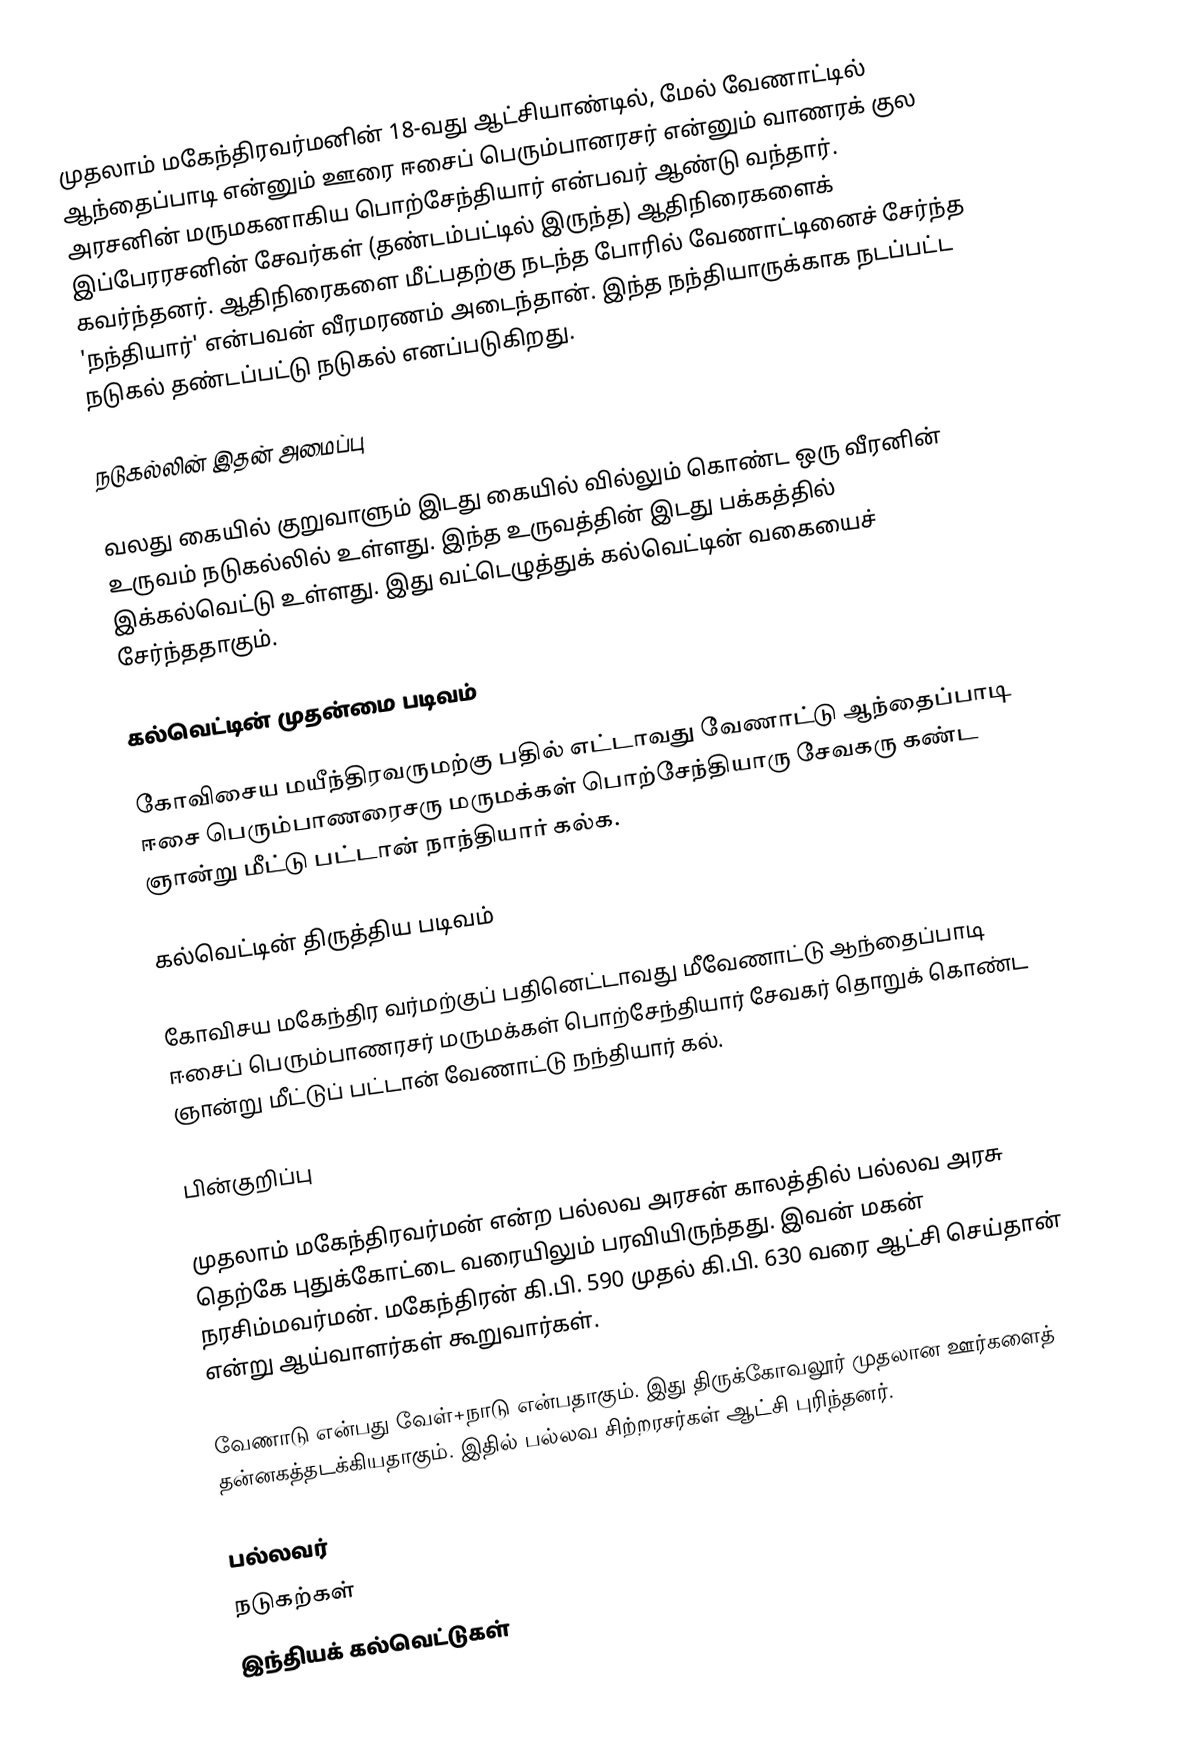
முதலாம் மகேந்திரவர்மனின் 18-வது ஆட்சியாண்டில், மேல் வேணாட்டில் ஆந்தைப்பாடி என்னும் ஊரை ஈசைப் பெரும்பானரசர் என்னும் வாணரக் குல அரசனின் மருமகனாகிய பொற்சேந்தியார் என்பவர் ஆண்டு வந்தார். இப்பேரரசனின் சேவர்கள் (தண்டம்பட்டில் இருந்த) ஆதிநிரைகளைக் கவர்ந்தனர். ஆதிநிரைகளை மீட்பதற்கு நடந்த போரில் வேணாட்டினைச் சேர்ந்த 'நந்தியார்' என்பவன் வீரமரணம் அடைந்தான். இந்த நந்தியாருக்காக நடப்பட்ட நடுகல் தண்டப்பட்டு நடுகல் எனப்படுகிறது.

நடுகல்லின் இதன் அமைப்பு

வலது கையில் குறுவாளும் இடது கையில் வில்லும் கொண்ட ஒரு வீரனின் உருவம் நடுகல்லில் உள்ளது. இந்த உருவத்தின் இடது பக்கத்தில் இக்கல்வெட்டு உள்ளது. இது வட்டெழுத்துக் கல்வெட்டின் வகையைச் சேர்ந்ததாகும்.

கல்வெட்டின் முதன்மை படிவம்

கோவிசைய மயீந்திரவருமற்கு பதில் எட்டாவது வேணாட்டு ஆந்தைப்பாடி ஈசை பெரும்பாணரைசரு மருமக்கள் பொற்சேந்தியாரு சேவகரு கண்ட ஞான்று மீட்டு பட்டான் நாந்தியார் கல்க.

கல்வெட்டின் திருத்திய படிவம்

கோவிசய மகேந்திர வர்மற்குப் பதினெட்டாவது மீவேணாட்டு ஆந்தைப்பாடி ஈசைப் பெரும்பாணரசர் மருமக்கள் பொற்சேந்தியார் சேவகர் தொறுக் கொண்ட ஞான்று மீட்டுப் பட்டான் வேணாட்டு நந்தியார் கல்.

பின்குறிப்பு

முதலாம் மகேந்திரவர்மன் என்ற பல்லவ அரசன் காலத்தில் பல்லவ அரசு தெற்கே புதுக்கோட்டை வரையிலும் பரவியிருந்தது. இவன் மகன் நரசிம்மவர்மன். மகேந்திரன் கி.பி. 590 முதல் கி.பி. 630 வரை ஆட்சி செய்தான் என்று ஆய்வாளர்கள் கூறுவார்கள்.

வேணாடு என்பது வேள்+நாடு என்பதாகும். இது திருக்கோவலூர் முதலான ஊர்களைத் தன்னகத்தடக்கியதாகும். இதில் பல்லவ சிற்றரசர்கள் ஆட்சி புரிந்தனர்.

பல்லவர்
நடுகற்கள்
இந்தியக் கல்வெட்டுகள்